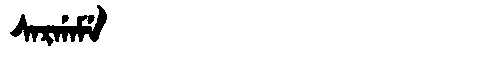
Manchu: ᠰᠠᡵᡤᠠᠮᡝ
Romanization: SARGAME